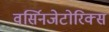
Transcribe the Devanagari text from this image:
वर्सिनजेटोरिक्स